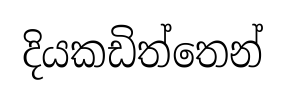
දියකඩිත්තෙන්